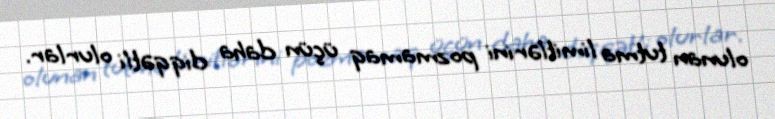
olunan tutma limitlərini pozmamaq üçün daha diqqətli olurlar.